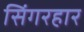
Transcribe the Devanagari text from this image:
सिंगरहार